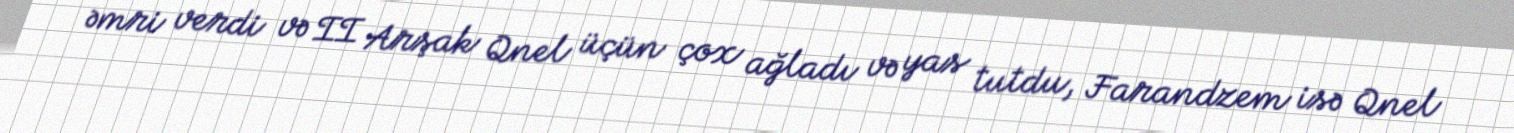
əmri verdi və II Arşak Qnel üçün çox ağladı və yas tutdu, Farandzem isə Qnel